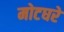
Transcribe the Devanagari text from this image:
मोटघरे